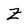
Character: z